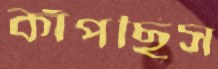
কাঁপছিস